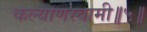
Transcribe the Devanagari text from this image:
कल्याणस्वामी॥५॥